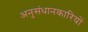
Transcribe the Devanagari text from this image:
अनुसंधानकारियों